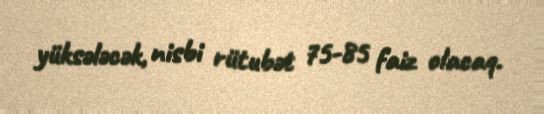
yüksələcək, nisbi rütubət 75-85 faiz olacaq.